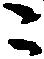
ニ